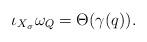
LaTeX: \begin{align*} \iota_{X_{\sigma}}\omega_Q=\Theta(\gamma(q)).\end{align*}